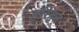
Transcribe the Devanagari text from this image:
हरिहृत्